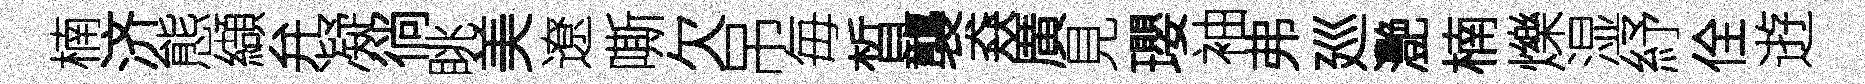
楠济態纈弁凝徜眺美遼嘶欠吊毎晳襲猋廣見瓔袖弗廵灧楠爍湿紓佺逰